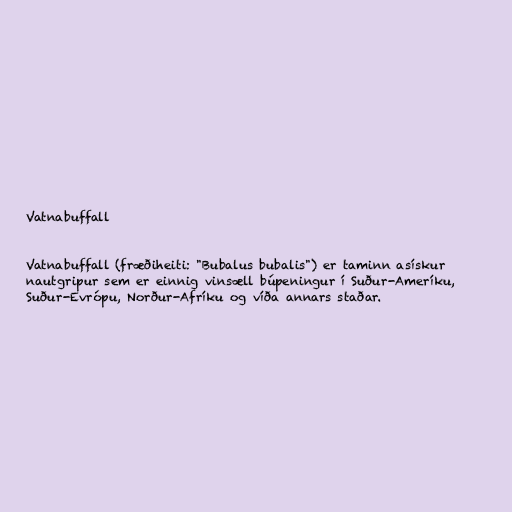
Vatnabuffall

Vatnabuffall (fræðiheiti: "Bubalus bubalis") er taminn asískur
nautgripur sem er einnig vinsæll búpeningur í Suður-Ameríku,
Suður-Evrópu, Norður-Afríku og víða annars staðar.